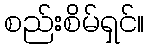
စည်းစိမ်ရှင်။